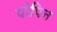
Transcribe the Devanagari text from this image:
पोपिन